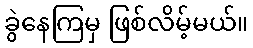
ခွဲနေကြမှ ဖြစ်လိမ့်မယ်။